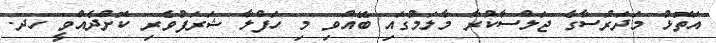
އަތޮޅު މަދަރުސާގެ ޖަލްސާކުރާ މާލަމުގައި ބޭއްވި މި ހަފްލާ ޝަރަފުވެރި ކޮށްދެއްވީ ހދ.